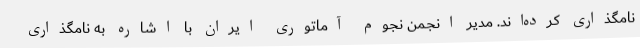
نامگذاری کرده‌اند. مدیر انجمن نجوم آماتوری ایران با اشاره به نامگذاری